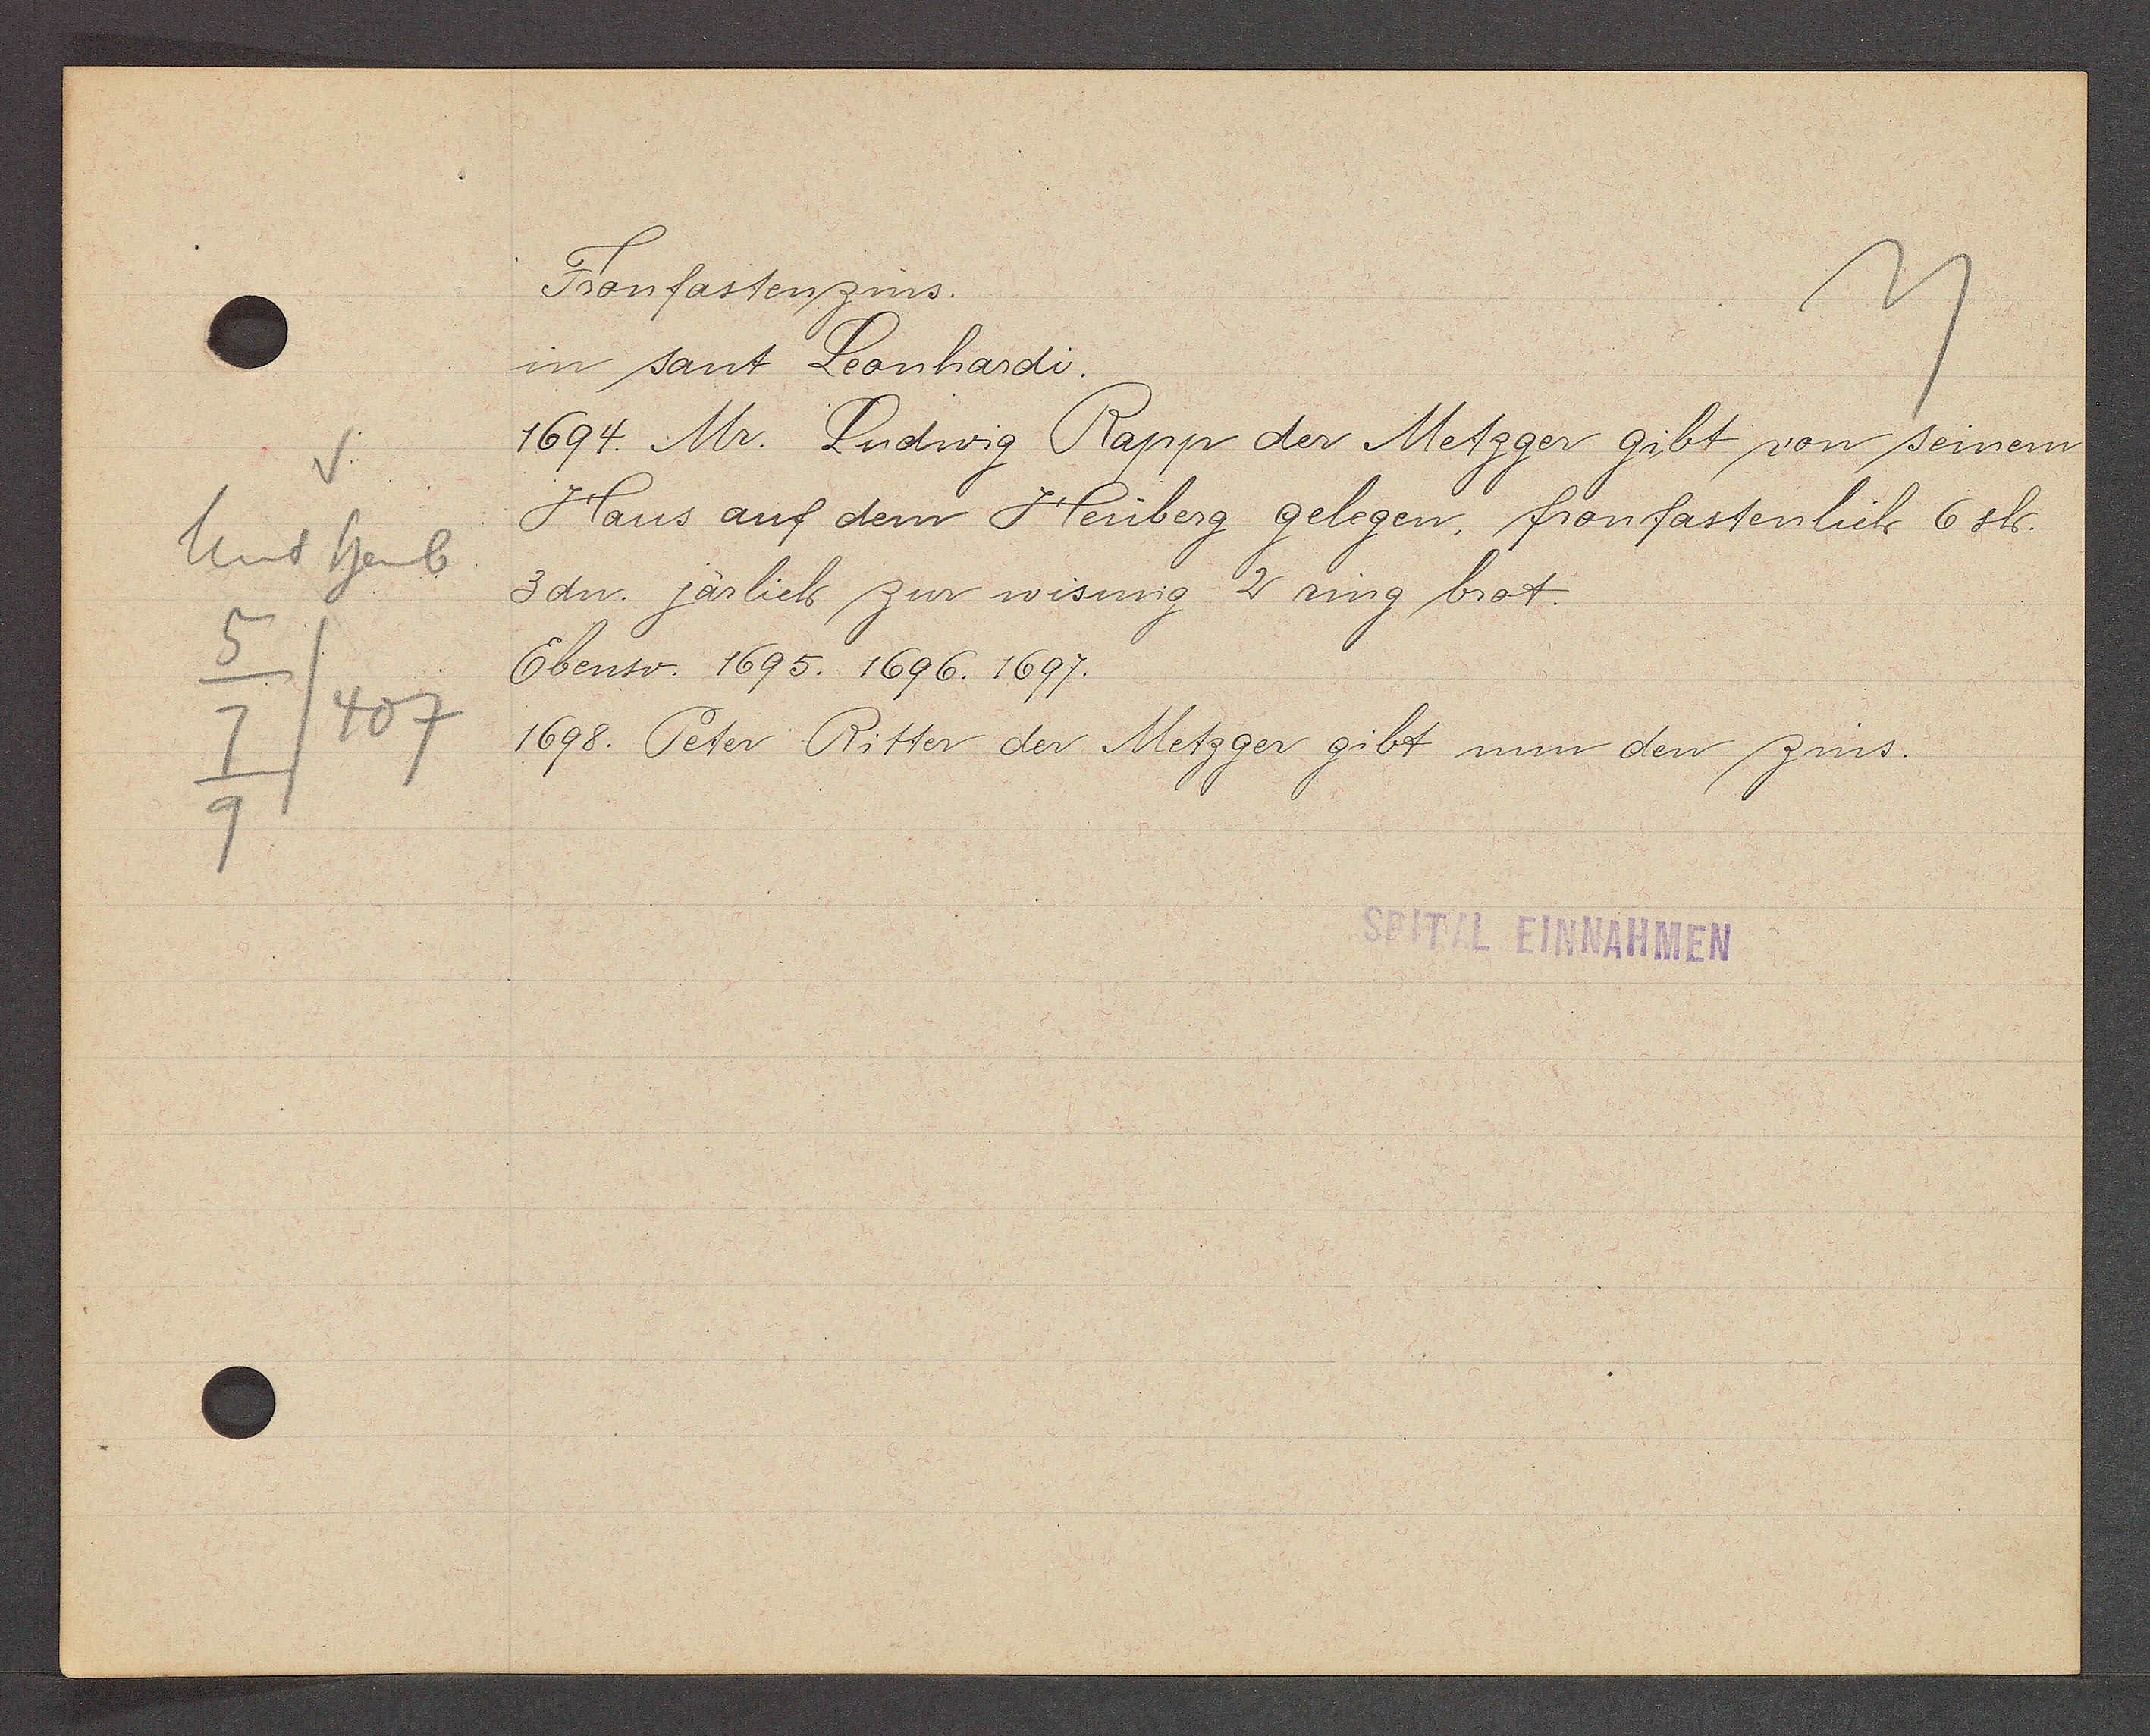
Transcript:
Unt heub
5
/407
7
9

Fronfastenzins.

in sant Leonhardi.
1694. Mr. Ludwig Rapp der Metzger gibt von seinem
Haus auf dem Heuberg gelegen, fronfastenlich 6 sh.
3 dn. järlich zur wisung  2 ring brot.
Ebenso. 1695. 1696. 1697.
1698. Peter Ritter der Metzger gibt nun den zins.

SPITAL EINNAHMEN